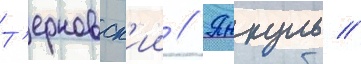
Т'ерновск'ии // Янкуль //